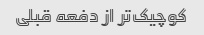
کوچیک‌تر از دفعه قبلی